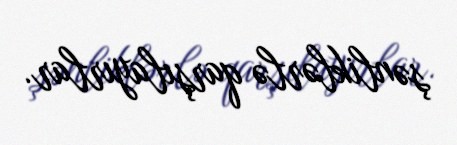
şənliklərlə qarşılayırlar.